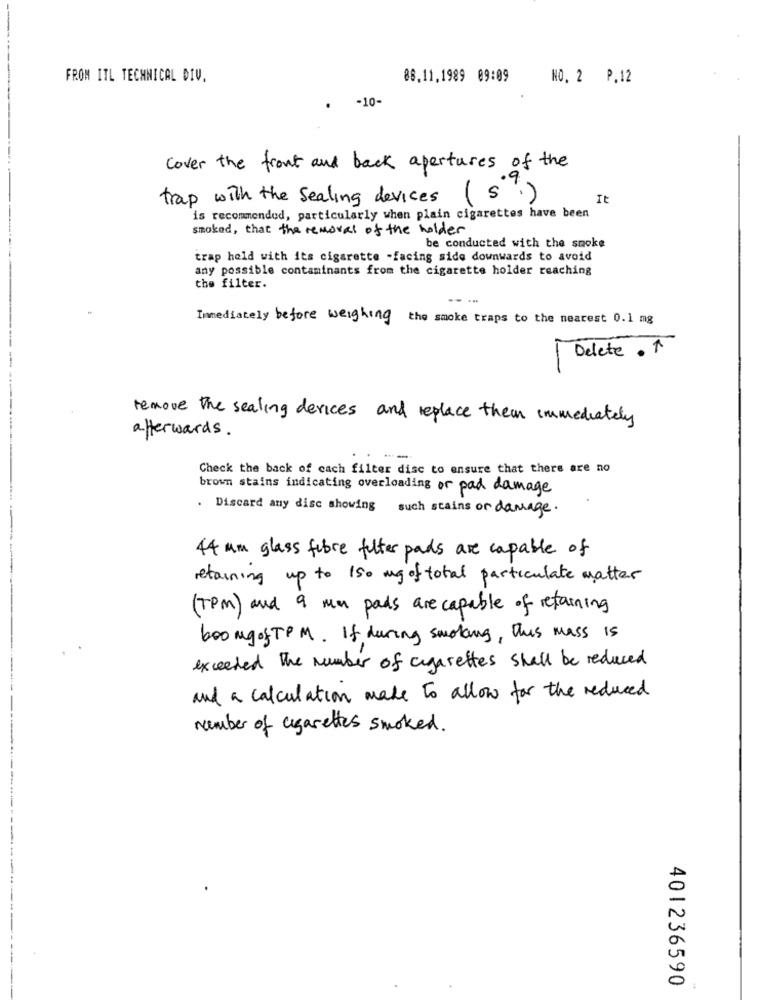
FROM ITL TECHNICAL DIV.
88.11,1989 09:09
NO. 2 P.12
-10-
Cover the front and back apertures of the
trap with the sealing devices
("")
It
is recommended, particularly when plain cigarettes have been
smoked, that the removal of the holder
be conducted with the smoke
trap held with its cigarette -facing side downwards to avoid
any possible contaminants from the cigarette holder reaching
the filter.
Immediately before weighing the smoke traps to the nearest 0.1 mg
Delete."
remove the sealing devices and replace them immediately
afterwards .
Check the back of cach filter disc to ensure that there are no
brown stains indicating overloading or pad damage
. Discard any disc showing such stains or damage.
44 am glass fibre filter pads are capable of
retaining up to 150 mg of total particulate matter
(TPM) and a man pads are capable of retaining
boomgof TPM. If during smoking, This mass is
exceeded the number of cigarettes shall be reduced
and a calculation make to allow for the reduced
number of cigarettes smoked.
---
401236590